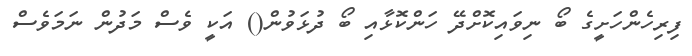
ފިރިހެންހަށީގެ ބޯ ނިވައިކޮށްދޭ ހަންކޮޅާއި ބޯ ދުޅަވުން() އަކީ ވެސް މަދުން ނަމަވެސް